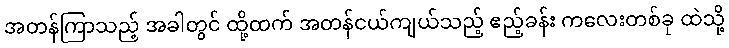
အတန်ကြာသည့် အခါတွင် ထို့ထက် အတန်ငယ်ကျယ်သည့် ဧည့်ခန်း ကလေးတစ်ခု ထဲသို့